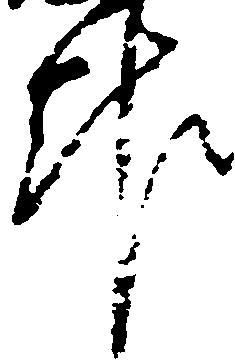
報